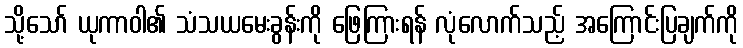
သို့သော် ယုကာဝါ၏ သံသယမေးခွန်းကို ဖြေကြားရန် လုံလောက်သည့် အကြောင်းပြချက်ကို